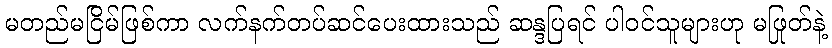
မတည်မငြိမ်ဖြစ်ကာ လက်နက်တပ်ဆင်ပေးထားသည် ဆန္ဒပြရင် ပါဝင်သူများဟု မဖြုတ်နဲ့